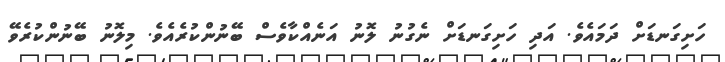
ހަށިގަނޑަށް ދަމައެވެ. އަދި ހަށިގަނޑަށް ނެގުނު ލޮނު އަނެއްކާވެސް ބޭނުންކުރެއެވެ. މިލޮނު ބޭނުންކުރެވޭ